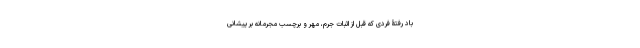
باد رفتۀ فردی که قبل از اثبات جرم، مُهر و برچسب مُجرمانه‌ بر پیشانی